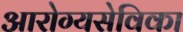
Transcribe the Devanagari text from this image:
आरोग्यसेविका